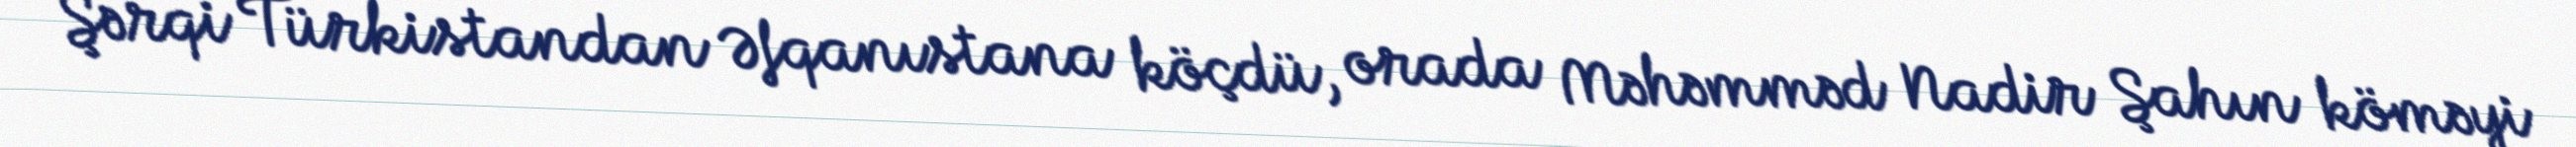
Şərqi Türkistandan Əfqanıstana köçdü, orada Məhəmməd Nadir Şahın köməyi